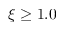
\xi \ge 1 . 0